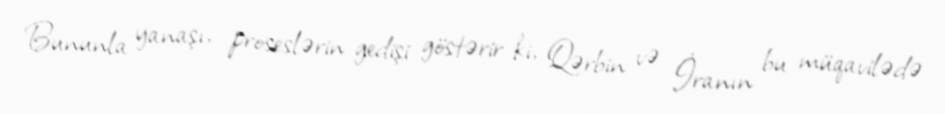
Bununla yanaşı, proseslərin gedişi göstərir ki, Qərbin və İranın bu müqavilədə